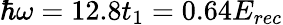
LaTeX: \hbar\omega=12.8t_{1}=0.64E_{rec}